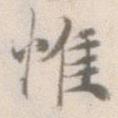
惟